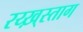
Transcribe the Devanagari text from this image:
रय्ख़्स्ताग